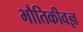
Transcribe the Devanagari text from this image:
भौतिकीवज्ञ